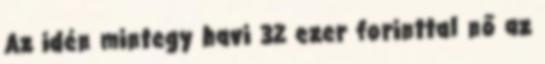
Az idén mintegy havi 32 ezer forinttal nő az